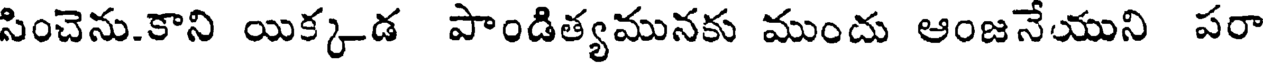
సించెను.కాని యిక్కడ పాండిత్యమునకు ముందు ఆంజనేయుని పరా